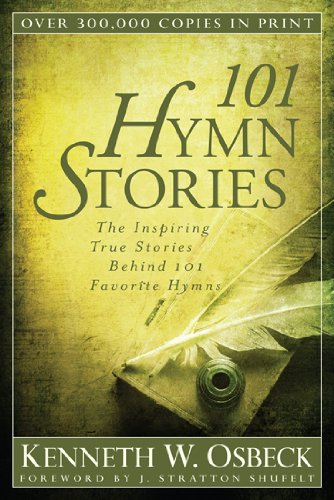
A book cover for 101 Hymn Stories: The Inspiring True Stories Behind 101 Favorite Hymns; Kenneth W. Osbeck; Christian Books & Bibles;